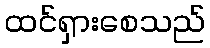
ထင်ရှားစေသည်